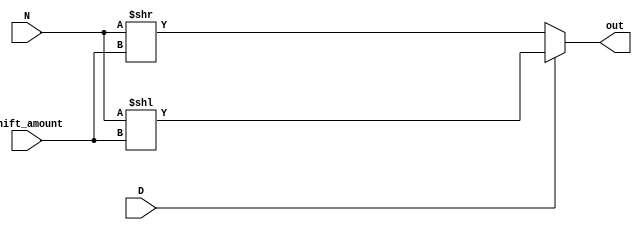
// Code your design here
module shift_operator(
  input [7:0] N,
  input [4:0] shift_amount,
  input D,
  output reg [7:0] out);

    always @(*) begin
      if (D) begin
            out = N << shift_amount;
        end
        else begin
            out = N >> shift_amount;
        end
    end

endmodule